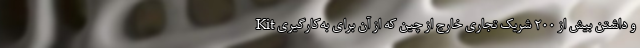
Kit و داشتن بیش از ۲۰۰ شریک تجاری خارج از چین که از آن برای به‌کارگیری